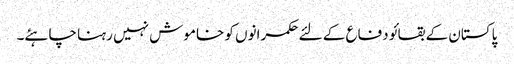
پاکستان کے بقا ئو دفاع کے لئے حکمرانوں کو خاموش نہیں رہنا چاہئے۔